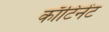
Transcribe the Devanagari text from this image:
काँटिनेंट